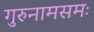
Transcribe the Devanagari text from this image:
गुरुनामसमः